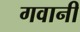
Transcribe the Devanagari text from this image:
गवानी